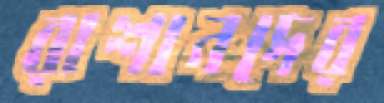
রাশানদের